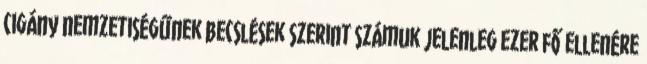
cigány nemzetiségűnek becslések szerint számuk jelenleg ezer fő ellenére